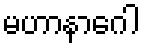
မဟာနာဂေါ